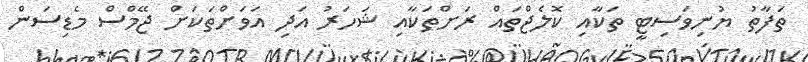
ތަފާތު ޔުނިވަސިޓީ ތަކާއި ކޮލެޖްތައް ރަށްތަކާއި ޝަހަރު އަދި އަވަށްތަކަށް ޖޭމްސް މެޑިސަން